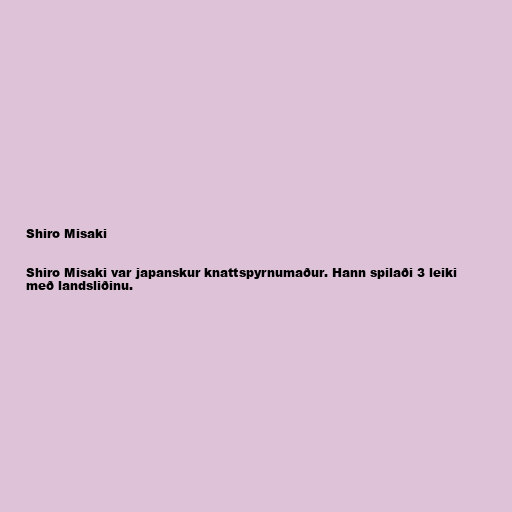
Shiro Misaki

Shiro Misaki var japanskur knattspyrnumaður. Hann spilaði 3 leiki
með landsliðinu.